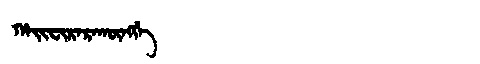
Manchu: ᡥᠠᡳᠸᡳᡵᠠᡵᠠᡴᡡᠩᡤᡝ
Romanization: HAIFIRARAKŪNGGE